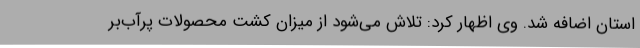
استان اضافه شد. وی اظهار کرد: تلاش می‌شود از میزان کشت محصولات پرآب‌بر